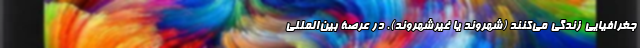
جغرافیایی زندگی می‌کنند (شهروند یا غیرشهروند). در عرصۀ بین‌المللی